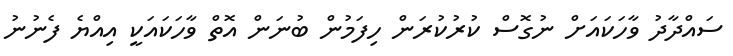
ސައްދާދު ވާހަކައަށް ނުގޮސް ކުރުކުރަން ހިފަމުން ބުނަން އޮތް ވާހަކައަކީ އިއްޔެ ފެނުނު